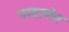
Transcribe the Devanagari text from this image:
नादलोन